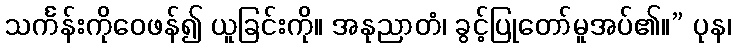
သင်္ကန်းကိုဝေဖန်၍ ယူခြင်းကို။ အနုညာတံ၊ ခွင့်ပြုတော်မူအပ်၏။” ပုန၊